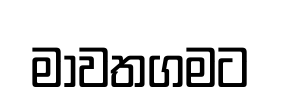
මාවතගමට